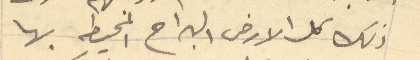
ذلك كل الارض البراح المحيطه بها